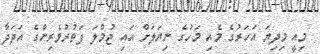
މިއީ މިދިޔަ އަހަރުގެ މެއި މަހުގެ ނިޔަލަށް އައި ޖުމްލަ ފަތުރުވެރިންގެ އަދަދާ